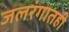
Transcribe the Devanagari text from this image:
जलरंगातही